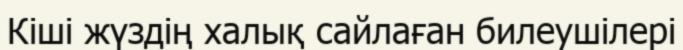
Кіші жүздің халық сайлаған билеушілері